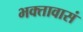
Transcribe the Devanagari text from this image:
भक्तावासं